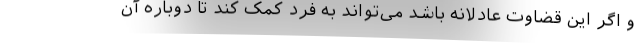
و اگر این قضاوت عادلانه باشد می‌تواند به فرد کمک کند تا دوباره آن